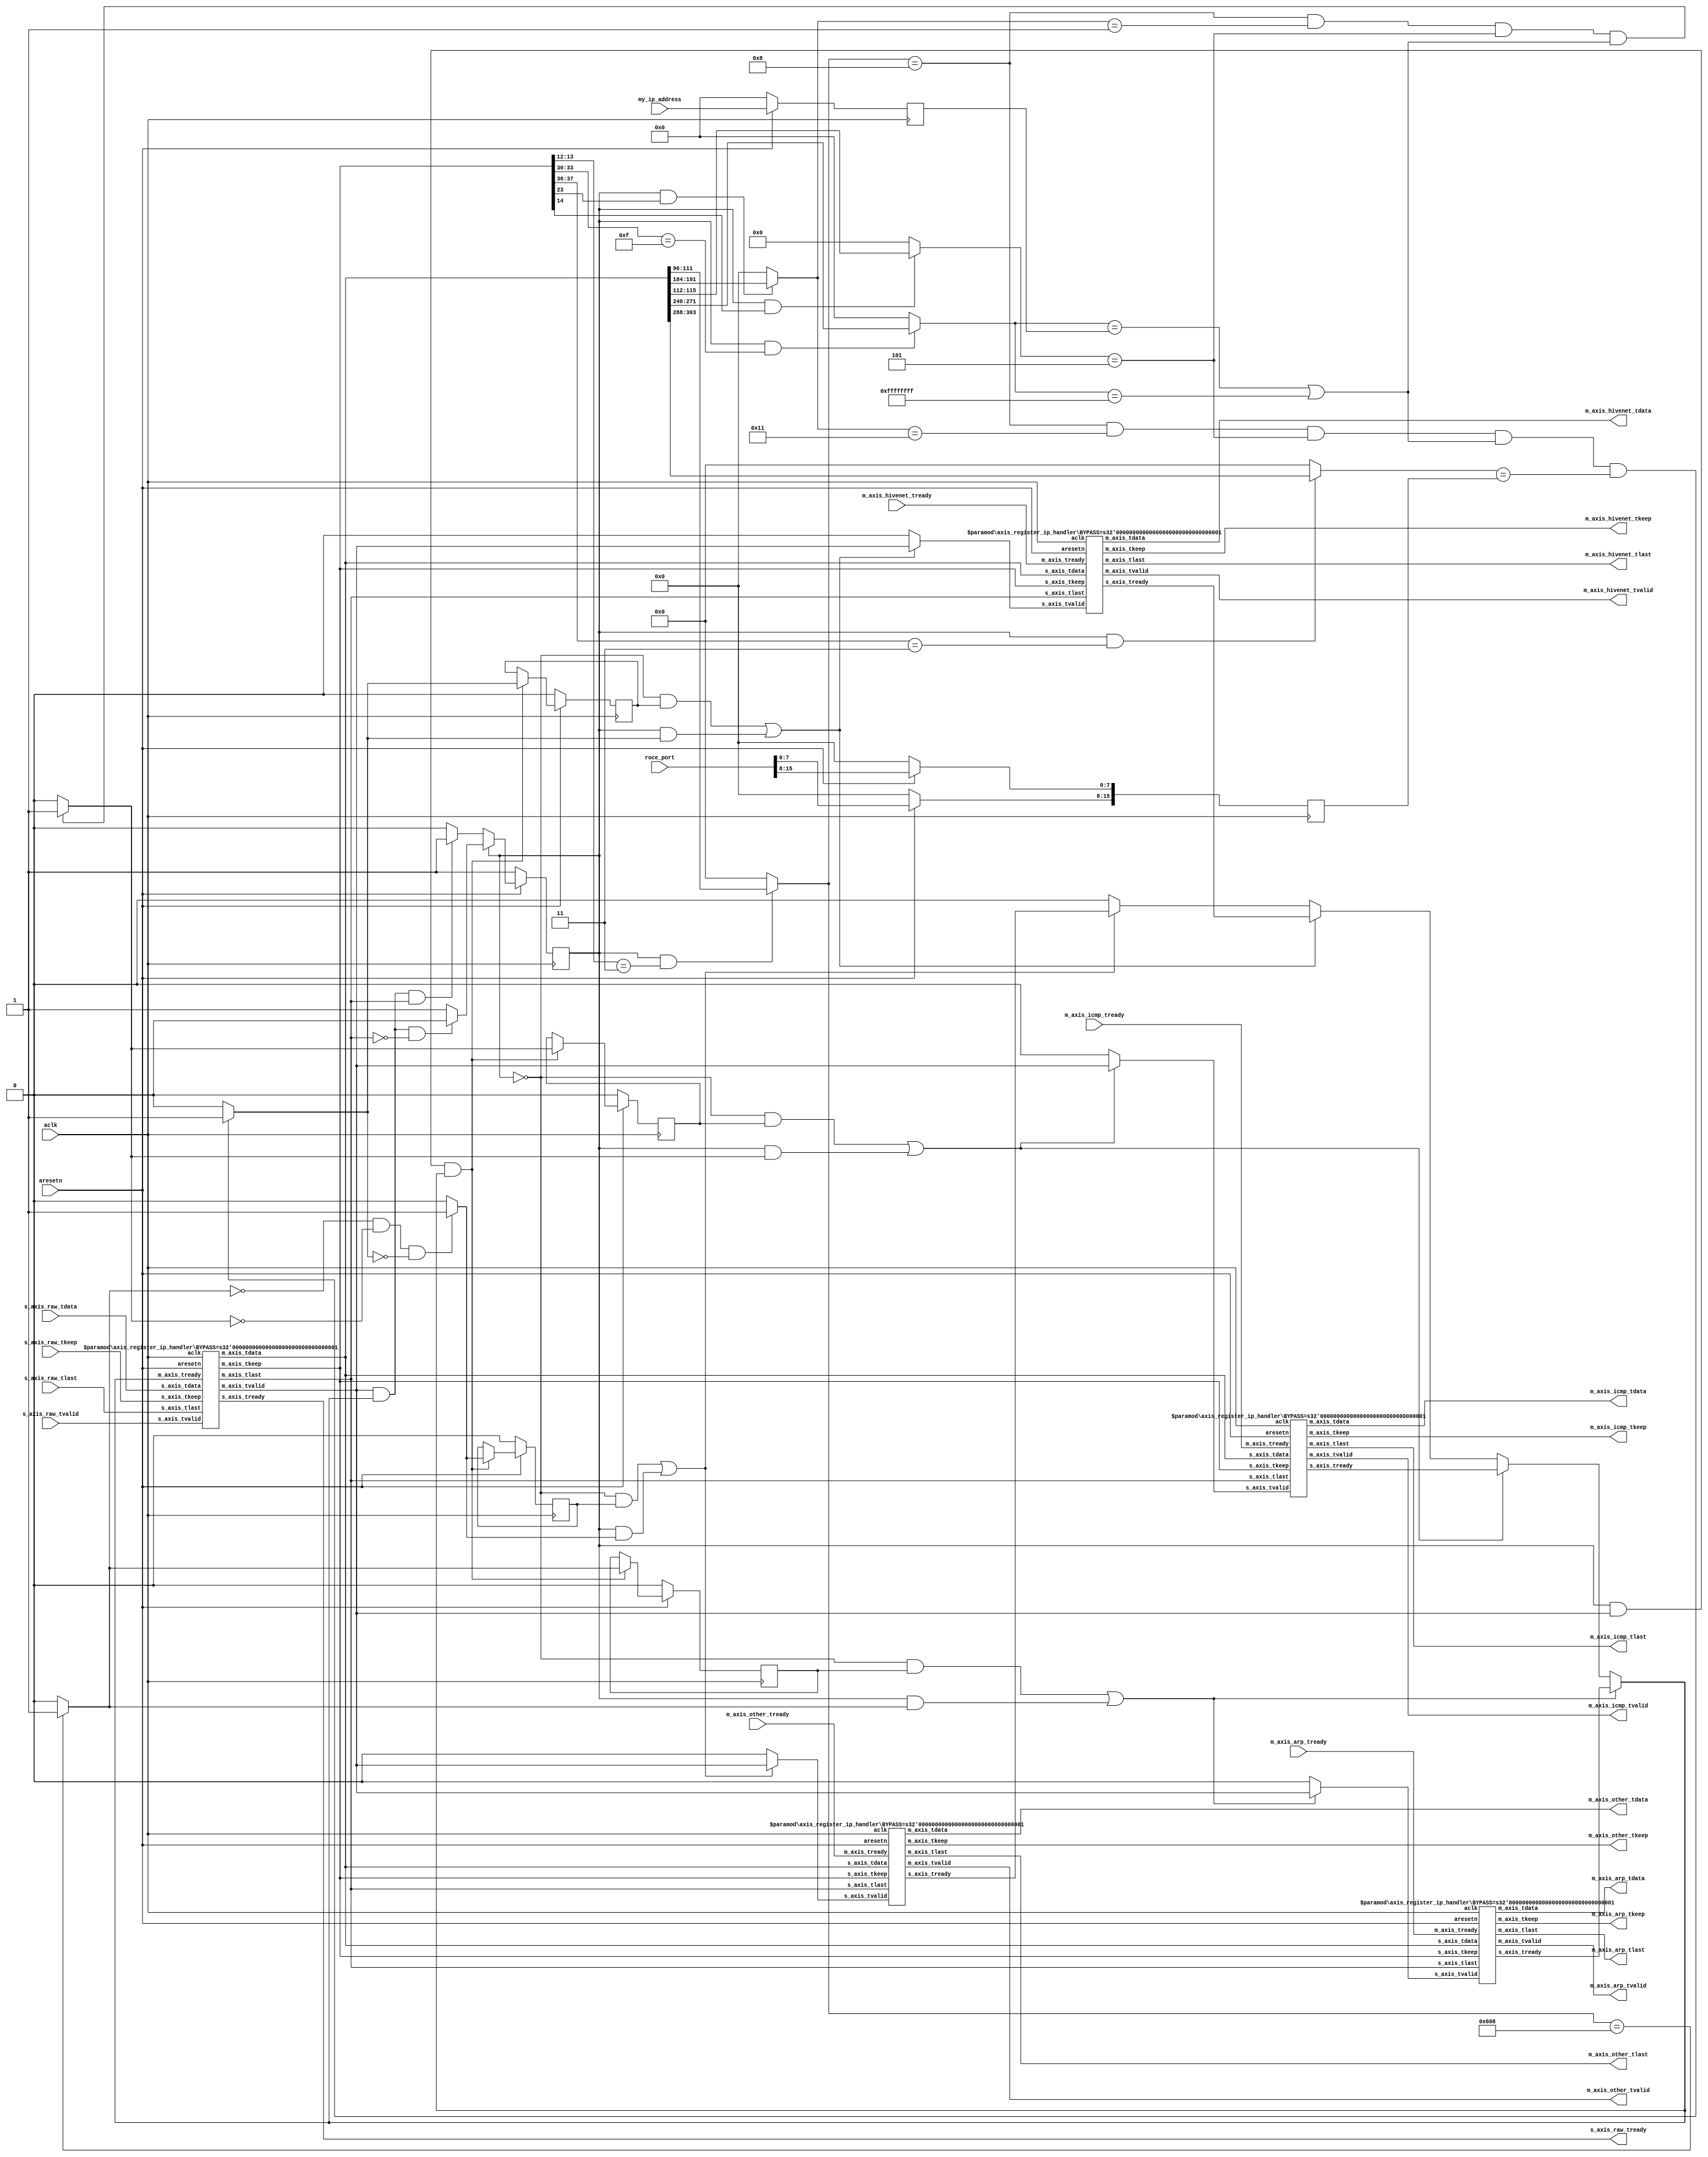
`timescale 1ns/1ps

module ip_handler#
(
  parameter IN_RAW_REG_SLICE_BYPASS      = 1,
  parameter OUT_ARP_REG_SLICE_BYPASS     = 1,
  parameter OUT_ICMP_REG_SLICE_BYPASS    = 1,
  parameter OUT_HIVENET_REG_SLICE_BYPASS = 1,
  parameter OUT_OTHER_REG_SLICE_BYPASS   = 1
)
(
  // System Signals
  input          aclk,
  input          aresetn,
  // Slave Stream Signals
  input  [511:0] s_axis_raw_tdata,
  input  [ 63:0] s_axis_raw_tkeep,
  input          s_axis_raw_tlast,
  input          s_axis_raw_tvalid,
  output         s_axis_raw_tready,
  // ARP Master Stream Signals
  output [511:0] m_axis_arp_tdata,
  output [ 63:0] m_axis_arp_tkeep,
  output         m_axis_arp_tlast,
  output         m_axis_arp_tvalid,
  input          m_axis_arp_tready,
  // ICMP Master Stream Signals
  output [511:0] m_axis_icmp_tdata,
  output [ 63:0] m_axis_icmp_tkeep,
  output         m_axis_icmp_tlast,
  output         m_axis_icmp_tvalid,
  input          m_axis_icmp_tready,
  // HIVENET Master Stream Signals
  output [511:0] m_axis_hivenet_tdata,
  output [ 63:0] m_axis_hivenet_tkeep,
  output         m_axis_hivenet_tlast,
  output         m_axis_hivenet_tvalid,
  input          m_axis_hivenet_tready,
  // OTHER Master Stream Signals
  output [511:0] m_axis_other_tdata,
  output [ 63:0] m_axis_other_tkeep,
  output         m_axis_other_tlast,
  output         m_axis_other_tvalid,
  input          m_axis_other_tready,
  // Config inputs
  input  [ 31:0] my_ip_address,
  input  [ 15:0] roce_port
);

wire [511:0] axis_int_tdata;
wire [ 63:0] axis_int_tkeep;
wire         axis_int_tlast;
wire         axis_int_tvalid;
wire         axis_int_tready;

wire [511:0] axis_arp_tdata;
wire [ 63:0] axis_arp_tkeep;
wire         axis_arp_tlast;
wire         axis_arp_tvalid;
wire         axis_arp_tready;

wire [511:0] axis_icmp_tdata;
wire [ 63:0] axis_icmp_tkeep;
wire         axis_icmp_tlast;
wire         axis_icmp_tvalid;
wire         axis_icmp_tready;

wire [511:0] axis_hivenet_tdata;
wire [ 63:0] axis_hivenet_tkeep;
wire         axis_hivenet_tlast;
wire         axis_hivenet_tvalid;
wire         axis_hivenet_tready;

wire [511:0] axis_other_tdata;
wire [ 63:0] axis_other_tkeep;
wire         axis_other_tlast;
wire         axis_other_tvalid;
wire         axis_other_tready;

reg          first_int;

reg  [ 31:0] my_ip_address_reg;
reg  [ 15:0] roce_port_reg;

wire         is_arp_packet_w;
wire         is_icmp_packet_w;
wire         is_hivenet_packet_w;
wire         is_other_packet_w;

reg          is_arp_packet_r;
reg          is_icmp_packet_r;
reg          is_hivenet_packet_r;
reg          is_other_packet_r;

wire         connect_arp;
wire         connect_icmp;
wire         connect_hivenet;
wire         connect_other;

wire [ 15:0] ether_type;
wire [  7:0] ip_prot;
wire [  3:0] ip_header_length;
wire [ 31:0] ip_dest_ip;
wire [ 15:0] udp_dest_port;

assign ether_type          = ((first_int == 1'b1) && (axis_int_tkeep[12+:2] ==   2'b11)) ? axis_int_tdata[12*8+:16] :     16'h0000;
assign ip_prot             = ((first_int == 1'b1) && (axis_int_tkeep[23+:1] ==    1'b1)) ? axis_int_tdata[23*8+: 8] :        8'h00;
assign ip_header_length    = ((first_int == 1'b1) && (axis_int_tkeep[14+:1] ==    1'b1)) ? axis_int_tdata[14*8+: 4] :         4'h0;
assign ip_dest_ip          = ((first_int == 1'b1) && (axis_int_tkeep[30+:4] == 4'b1111)) ? axis_int_tdata[30*8+:32] : 32'h00000000;
assign udp_dest_port       = ((first_int == 1'b1) && (axis_int_tkeep[36+:2] ==   2'b11)) ? axis_int_tdata[36*8+:16] :     16'h0000;

assign is_arp_packet_w     = (ether_type == 16'h0608) ? 1'b1 : 1'b0;

assign is_icmp_packet_w    = ((ether_type == 16'h0008) &&
                              (ip_prot == 8'h01) &&
                              (ip_header_length == 4'h5) &&
                              ((ip_dest_ip == my_ip_address_reg) || (ip_dest_ip == 32'hFFFFFFFF))) ? 1'b1 : 1'b0;

assign is_hivenet_packet_w = ((ether_type == 16'h0008) &&
                              (ip_prot == 8'h11) &&
                              (ip_header_length == 4'h5) &&
                              ((ip_dest_ip == my_ip_address_reg) || (ip_dest_ip == 32'hFFFFFFFF)) &&
                              (udp_dest_port == roce_port_reg)) ? 1'b1 : 1'b0;

assign is_other_packet_w   = ((is_arp_packet_w == 1'b0) && (is_icmp_packet_w == 1'b0) && (is_hivenet_packet_w == 1'b0)) ? 1'b1 : 1'b0;

assign connect_arp         = ((~first_int) & is_arp_packet_r    ) | (first_int & is_arp_packet_w    );
assign connect_icmp        = ((~first_int) & is_icmp_packet_r   ) | (first_int & is_icmp_packet_w   );
assign connect_hivenet     = ((~first_int) & is_hivenet_packet_r) | (first_int & is_hivenet_packet_w);
assign connect_other       = ((~first_int) & is_other_packet_r  ) | (first_int & is_other_packet_w  );

assign axis_int_tready     = (connect_arp     == 1'b1) ? axis_arp_tready     :
                             (connect_icmp    == 1'b1) ? axis_icmp_tready    :
                             (connect_hivenet == 1'b1) ? axis_hivenet_tready :
                             (connect_other   == 1'b1) ? axis_other_tready   :
                             1'b0;

assign axis_arp_tdata      = axis_int_tdata;
assign axis_icmp_tdata     = axis_int_tdata;
assign axis_hivenet_tdata  = axis_int_tdata;
assign axis_other_tdata    = axis_int_tdata;

assign axis_arp_tkeep      = axis_int_tkeep;
assign axis_icmp_tkeep     = axis_int_tkeep;
assign axis_hivenet_tkeep  = axis_int_tkeep;
assign axis_other_tkeep    = axis_int_tkeep;

assign axis_arp_tlast      = axis_int_tlast;
assign axis_icmp_tlast     = axis_int_tlast;
assign axis_hivenet_tlast  = axis_int_tlast;
assign axis_other_tlast    = axis_int_tlast;

assign axis_arp_tvalid     = (connect_arp     == 1'b1) ? axis_int_tvalid : 1'b0;
assign axis_icmp_tvalid    = (connect_icmp    == 1'b1) ? axis_int_tvalid : 1'b0;
assign axis_hivenet_tvalid = (connect_hivenet == 1'b1) ? axis_int_tvalid : 1'b0;
assign axis_other_tvalid   = (connect_other   == 1'b1) ? axis_int_tvalid : 1'b0;

always@(posedge aclk)
begin
  if(aresetn == 1'b0) begin
    first_int <= 1'b1;
  end else begin
    if(first_int == 1'b1) begin
      if((axis_int_tvalid == 1'b1) && (axis_int_tready == 1'b1) && (axis_int_tlast == 1'b0)) begin
        first_int <= 1'b0;
      end
    end else begin
      if((axis_int_tvalid == 1'b1) && (axis_int_tready == 1'b1) && (axis_int_tlast == 1'b1)) begin
        first_int <= 1'b1;
      end
    end
  end
end

always@(posedge aclk)
begin
  if(aresetn == 1'b0) begin
    my_ip_address_reg <= 'b0;
    roce_port_reg <= 'b0;
  end else begin
    my_ip_address_reg <= my_ip_address;
    roce_port_reg[7:0] <= roce_port[15:8];
    roce_port_reg[15:8] <= roce_port[7:0];
  end
end

always @(posedge aclk) begin
  if (aresetn == 1'b0) begin
    is_arp_packet_r <= 1'b0;
  end else begin
    if((first_int == 1'b1) && (axis_int_tvalid == 1'b1) && (axis_int_tready == 1'b1)) begin
      is_arp_packet_r <= is_arp_packet_w;
    end
  end
end

always @(posedge aclk) begin
  if (aresetn == 1'b0) begin
    is_icmp_packet_r <= 1'b0;
  end else begin
    if((first_int == 1'b1) && (axis_int_tvalid == 1'b1) && (axis_int_tready == 1'b1)) begin
      is_icmp_packet_r <= is_icmp_packet_w;
    end
  end
end

always @(posedge aclk) begin
  if (aresetn == 1'b0) begin
    is_hivenet_packet_r <= 1'b0;
  end else begin
    if((first_int == 1'b1) && (axis_int_tvalid == 1'b1) && (axis_int_tready == 1'b1)) begin
      is_hivenet_packet_r <= is_hivenet_packet_w;
    end
  end
end

always @(posedge aclk) begin
  if (aresetn == 1'b0) begin
    is_other_packet_r <= 1'b0;
  end else begin
    if((first_int == 1'b1) && (axis_int_tvalid == 1'b1) && (axis_int_tready == 1'b1)) begin
      is_other_packet_r <= is_other_packet_w;
    end
  end
end

axis_register_ip_handler#
(
  .BYPASS (IN_RAW_REG_SLICE_BYPASS)
)
axis_register_ip_handler_input_inst
(
  .aclk          (aclk             ),
  .aresetn       (aresetn          ),
  .s_axis_tdata  (s_axis_raw_tdata ),
  .s_axis_tkeep  (s_axis_raw_tkeep ),
  .s_axis_tlast  (s_axis_raw_tlast ),
  .s_axis_tvalid (s_axis_raw_tvalid),
  .s_axis_tready (s_axis_raw_tready),
  .m_axis_tdata  (axis_int_tdata   ),
  .m_axis_tkeep  (axis_int_tkeep   ),
  .m_axis_tlast  (axis_int_tlast   ),
  .m_axis_tvalid (axis_int_tvalid  ),
  .m_axis_tready (axis_int_tready  )
);

axis_register_ip_handler#
(
  .BYPASS (OUT_ARP_REG_SLICE_BYPASS)
)
axis_register_ip_handler_arp_inst
(
  .aclk          (aclk             ),
  .aresetn       (aresetn          ),
  .s_axis_tdata  (axis_arp_tdata   ),
  .s_axis_tkeep  (axis_arp_tkeep   ),
  .s_axis_tlast  (axis_arp_tlast   ),
  .s_axis_tvalid (axis_arp_tvalid  ),
  .s_axis_tready (axis_arp_tready  ),
  .m_axis_tdata  (m_axis_arp_tdata ),
  .m_axis_tkeep  (m_axis_arp_tkeep ),
  .m_axis_tlast  (m_axis_arp_tlast ),
  .m_axis_tvalid (m_axis_arp_tvalid),
  .m_axis_tready (m_axis_arp_tready)
);

axis_register_ip_handler#
(
  .BYPASS (OUT_ICMP_REG_SLICE_BYPASS)
)
axis_register_ip_handler_icmp_inst
(
  .aclk          (aclk              ),
  .aresetn       (aresetn           ),
  .s_axis_tdata  (axis_icmp_tdata   ),
  .s_axis_tkeep  (axis_icmp_tkeep   ),
  .s_axis_tlast  (axis_icmp_tlast   ),
  .s_axis_tvalid (axis_icmp_tvalid  ),
  .s_axis_tready (axis_icmp_tready  ),
  .m_axis_tdata  (m_axis_icmp_tdata ),
  .m_axis_tkeep  (m_axis_icmp_tkeep ),
  .m_axis_tlast  (m_axis_icmp_tlast ),
  .m_axis_tvalid (m_axis_icmp_tvalid),
  .m_axis_tready (m_axis_icmp_tready)
);


axis_register_ip_handler#
(
  .BYPASS (OUT_HIVENET_REG_SLICE_BYPASS)
)
axis_register_ip_handler_hivenet_inst
(
  .aclk          (aclk                 ),
  .aresetn       (aresetn              ),
  .s_axis_tdata  (axis_hivenet_tdata   ),
  .s_axis_tkeep  (axis_hivenet_tkeep   ),
  .s_axis_tlast  (axis_hivenet_tlast   ),
  .s_axis_tvalid (axis_hivenet_tvalid  ),
  .s_axis_tready (axis_hivenet_tready  ),
  .m_axis_tdata  (m_axis_hivenet_tdata ),
  .m_axis_tkeep  (m_axis_hivenet_tkeep ),
  .m_axis_tlast  (m_axis_hivenet_tlast ),
  .m_axis_tvalid (m_axis_hivenet_tvalid),
  .m_axis_tready (m_axis_hivenet_tready)
);


axis_register_ip_handler#
(
  .BYPASS (OUT_OTHER_REG_SLICE_BYPASS)
)
axis_register_ip_handler_other_inst
(
  .aclk          (aclk               ),
  .aresetn       (aresetn            ),
  .s_axis_tdata  (axis_other_tdata   ),
  .s_axis_tkeep  (axis_other_tkeep   ),
  .s_axis_tlast  (axis_other_tlast   ),
  .s_axis_tvalid (axis_other_tvalid  ),
  .s_axis_tready (axis_other_tready  ),
  .m_axis_tdata  (m_axis_other_tdata ),
  .m_axis_tkeep  (m_axis_other_tkeep ),
  .m_axis_tlast  (m_axis_other_tlast ),
  .m_axis_tvalid (m_axis_other_tvalid),
  .m_axis_tready (m_axis_other_tready)
);


endmodule

module axis_register_ip_handler#
(
  parameter BYPASS = 1
)
(
  input          aclk,
  input          aresetn,

  input  [511:0] s_axis_tdata,
  input  [ 63:0] s_axis_tkeep,
  input          s_axis_tlast,
  input          s_axis_tvalid,
  output         s_axis_tready,

  output [511:0] m_axis_tdata,
  output [ 63:0] m_axis_tkeep,
  output         m_axis_tlast,
  output         m_axis_tvalid,
  input          m_axis_tready
);

generate
  if(BYPASS == 0) begin
    reg  [511:0] tdata_r[1:0];
    reg  [ 63:0] tkeep_r[1:0];
    reg  [  1:0] tlast_r;
    reg  [  1:0] status_r;
    reg          write_tgl_r;
    reg          read_tgl_r;
    wire         wr_en_w;
    wire         rd_en_w;

    assign s_axis_tready = (status_r != 2'b11) ? 1'b1 : 1'b0;
    assign wr_en_w  = ((status_r != 2'b11) && (s_axis_tvalid == 1'b1)) ? 1'b1 : 1'b0;
    assign rd_en_w  = ((status_r[read_tgl_r] == 1'b1) && (m_axis_tready == 1'b1)) ? 1'b1 : 1'b0;

    assign m_axis_tdata  = tdata_r[read_tgl_r];
    assign m_axis_tkeep  = tkeep_r[read_tgl_r];
    assign m_axis_tlast  = tlast_r[read_tgl_r];
    assign m_axis_tvalid = (status_r[read_tgl_r] == 1'b1) ? 1'b1 : 1'b0;

    always @(posedge aclk) begin
      if(aresetn == 1'b0) begin
        tdata_r[0]  <= 'b0;
        tdata_r[1]  <= 'b0;
        tkeep_r[0]  <= 'b0;
        tkeep_r[1]  <= 'b0;
        tlast_r[0]  <= 'b0;
        tlast_r[1]  <= 'b0;
        status_r    <= 'b0;
        write_tgl_r <= 'b0;
        read_tgl_r  <= 'b0;
      end else begin
        if(wr_en_w == 1'b1) begin
          tdata_r[write_tgl_r]  <= s_axis_tdata;
          tkeep_r[write_tgl_r]  <= s_axis_tkeep;
          tlast_r[write_tgl_r]  <= s_axis_tlast;
          status_r[write_tgl_r] <= 1'b1;
          write_tgl_r <= ~write_tgl_r;
        end

        if(rd_en_w == 1'b1) begin
          status_r[read_tgl_r] <= 1'b0;
          read_tgl_r <= ~read_tgl_r;
        end
      end
    end
  end else begin
    assign m_axis_tdata  = s_axis_tdata;
    assign m_axis_tkeep  = s_axis_tkeep;
    assign m_axis_tlast  = s_axis_tlast;
    assign m_axis_tvalid = s_axis_tvalid;
    assign s_axis_tready = m_axis_tready;
  end
endgenerate

endmodule